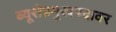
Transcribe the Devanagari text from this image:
ब्यूरोप्रमुखपदावर